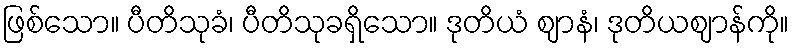
ဖြစ်သော။ ပီတိသုခံ၊ ပီတိသုခရှိသော။ ဒုတိယံ ဈာနံ၊ ဒုတိယဈာန်ကို။